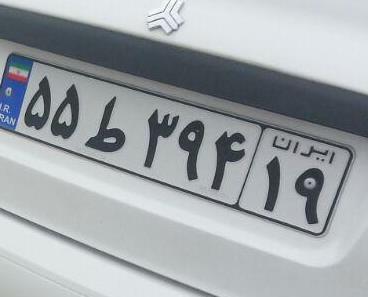
۵۵ط۳۹۴۱۹